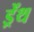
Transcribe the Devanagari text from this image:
ड्रेंथ